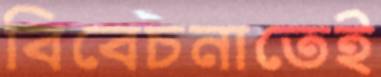
বিবেচনাতেই